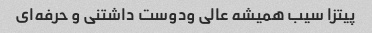
پیتزا سیب همیشه عالی ودوست داشتنی و حرفه‌ای